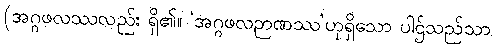
(အဂ္ဂဖလဿလည်း ရှိ၏။ ‘အဂ္ဂဖလဉာဏဿ’ဟုရှိသော ပါဌ်သည်သာ